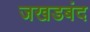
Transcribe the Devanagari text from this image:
जखडबंद